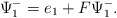
\begin{align*}\Psi^-_1=e_1+F \Psi^-_1.\end{align*}